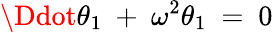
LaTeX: \Ddot{\theta}_{1}\ +\ \omega^{2}\theta_{1}\ =\ 0